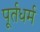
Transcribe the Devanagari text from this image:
पूर्तधर्म